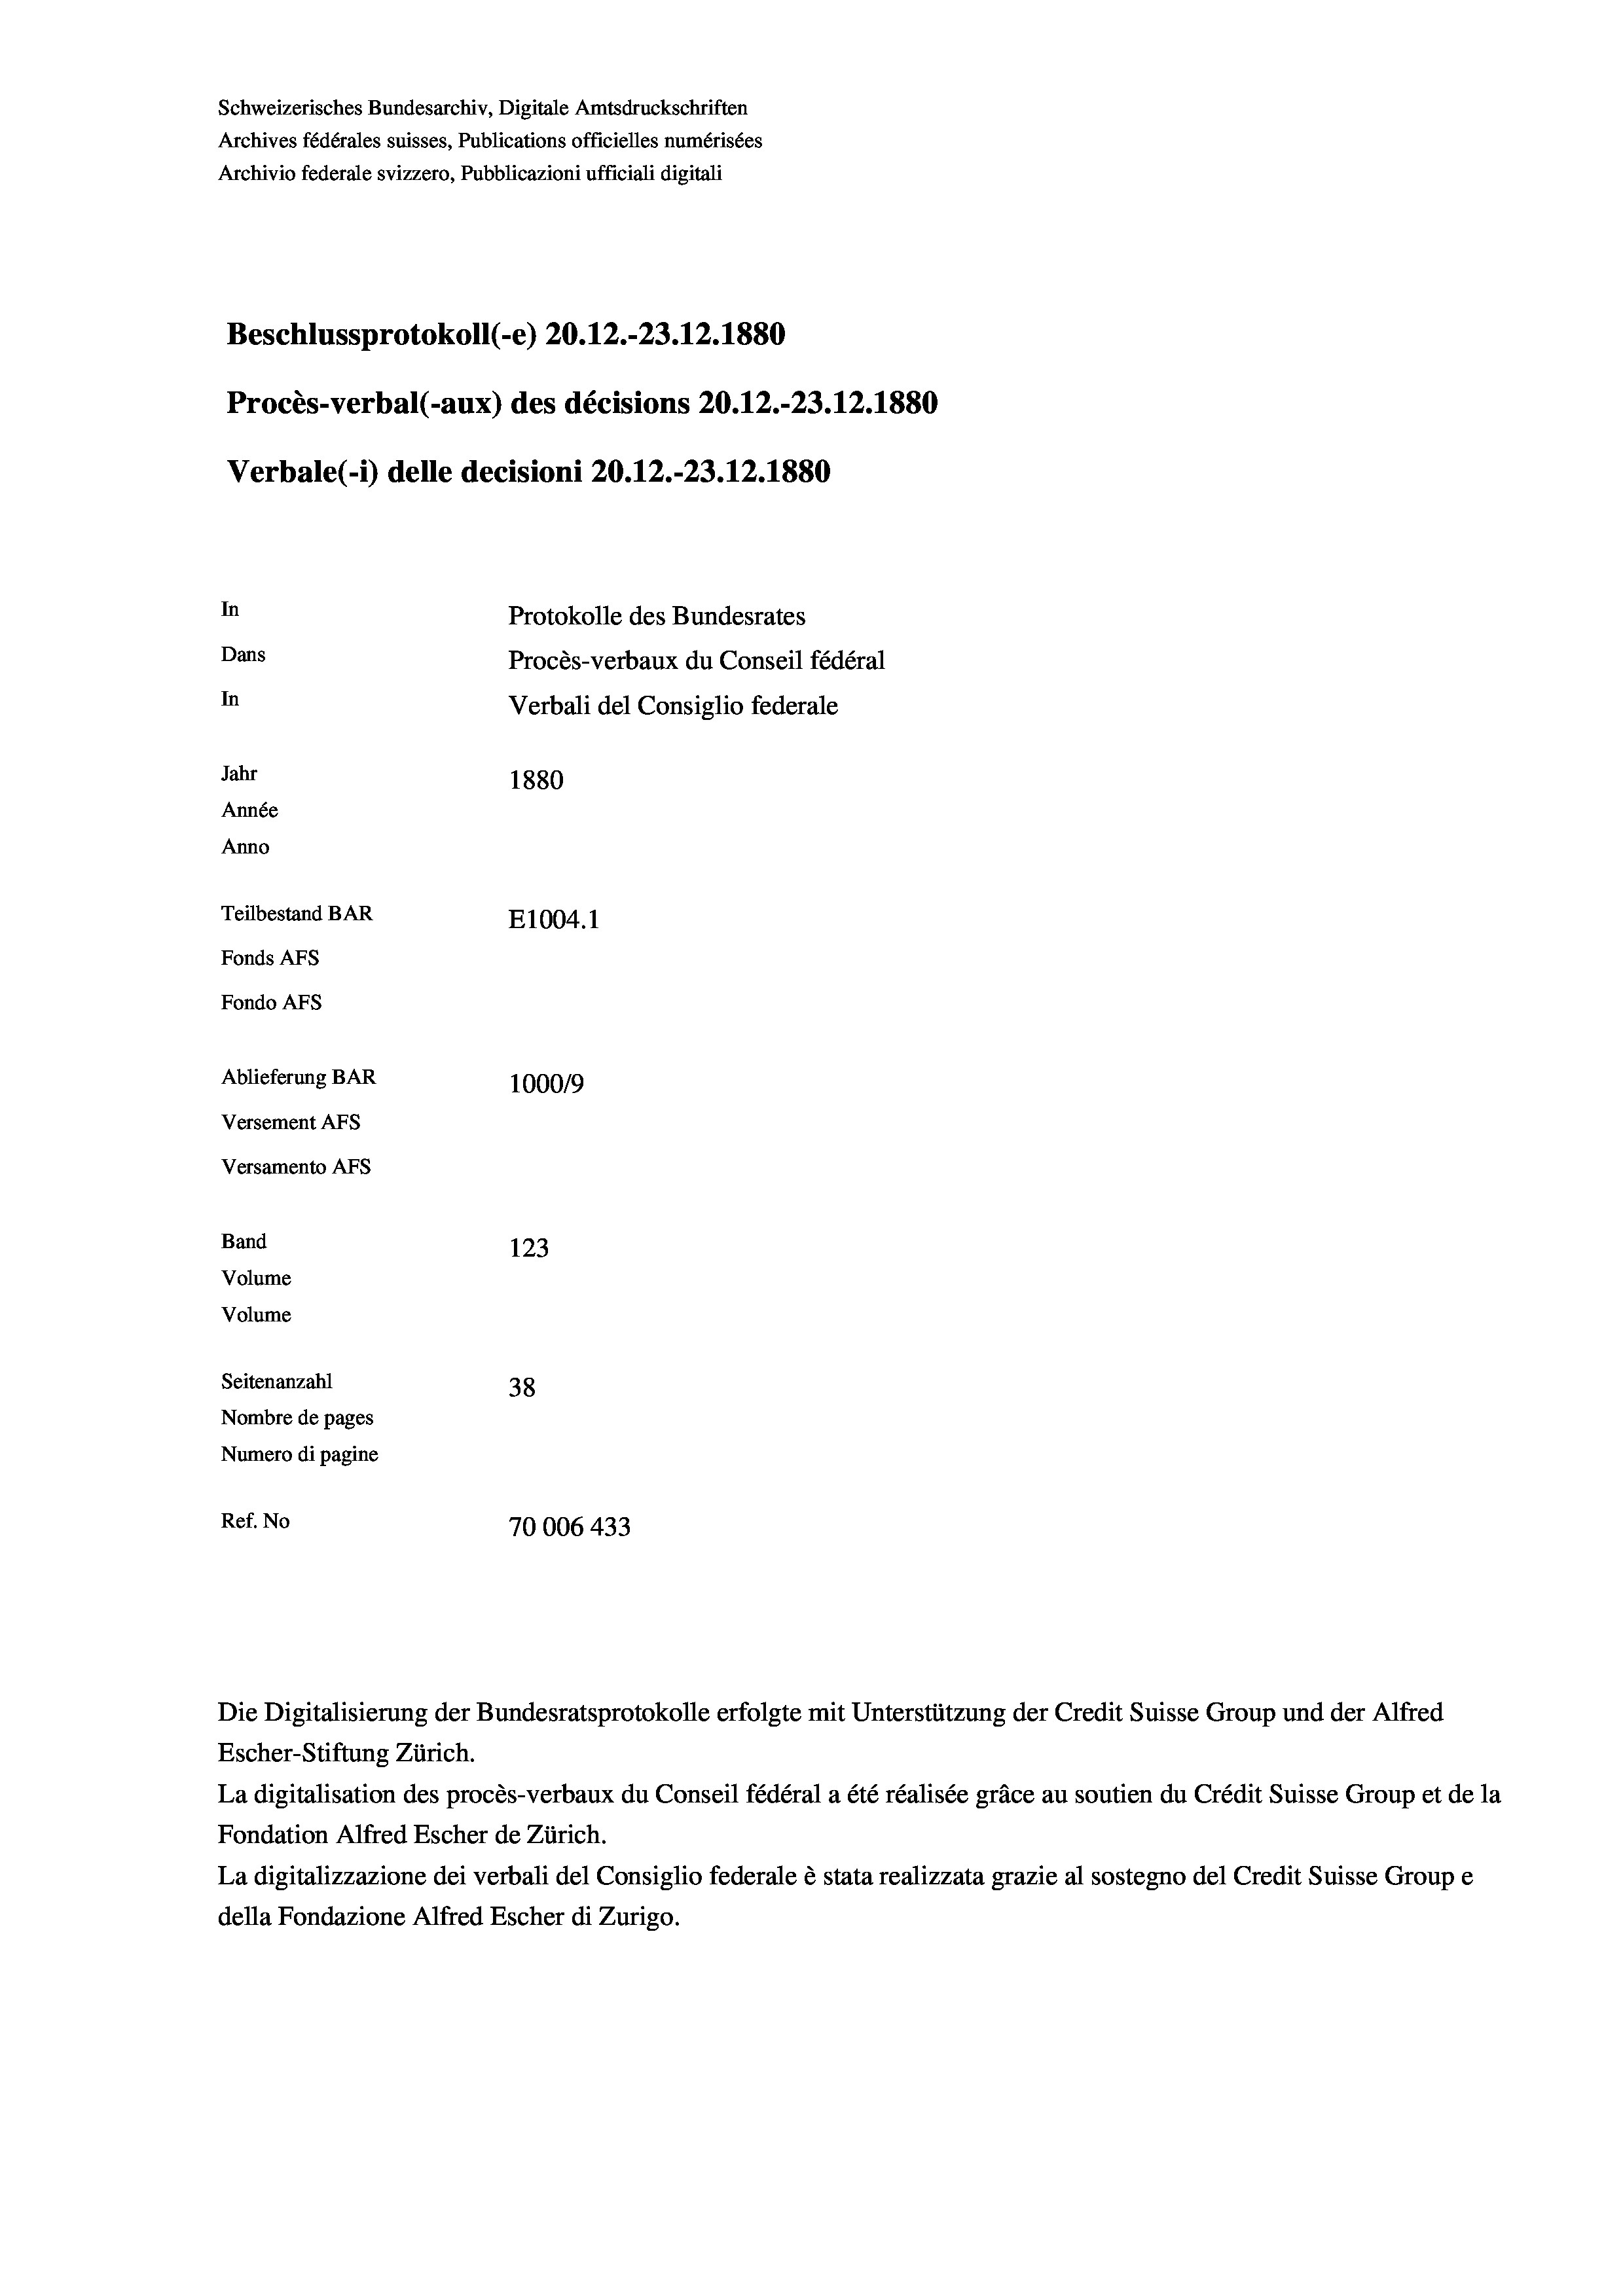
Schweizerisches Bundesarchiv, Digitale Amtsdruckschriften
Archives fédérales suisses, Publications officielles numérisées
Archivio federale svizzero, Pubblicazioni ufficiali digitali
Beschlussprotokoll (-e) 20.12.-23.12.1880
Procès-verbal (-aux) des décisions 20.12.-23.12.1880
Verbale(-*) delle decisioni 20.12.-23.12.1880
In
Protokolle des Bundesrates
Dans
Procès-verbaux du Conseil fédéral
In
Verbali del Consiglio federale
Jahr
1880
Année
Anno
Teilbestand BAR
E1004. 1
Fonds AFs
Fondo AFS
Ablieferung BAR
100019
Versement AFs
Versamento Afs
Band
123
Volume
Volume
Seitenanzahl
38
Nombre de pages
Numero di pagine
Ref. No
70006 433

Die Digitalisierung der Bundesratsprotokolle erfolgte mit Unterstützung der Credit Suisse Group und der Alfred
Escher-Stiftung Zürich.
La digitalisation des procès-verbaux du Conseil fédéral a été réalisée gräce au soutien du Crédit Suisse Group et de la
Fondation Alfred Escher de Zürich.
La digitalizzazione dei verbali del Consiglio federale è stata realizzata grazie al sostegno del Credit Suisse Groupe
della Fondazione Alfred Escher di Zurigo.